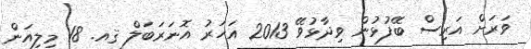
ވަރަށް އަރިސް ބޭފުޅުން ވިދާޅުވޭ 2013 އަހަރު އޮނަރަބަލް ޤއ. 18 މިލިއަން